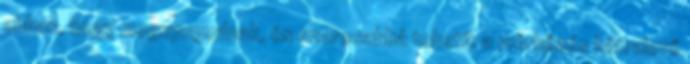
abban, hogy megnyugodnak, és szorosabbá tehetik a mérkőzés hátralevő